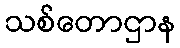
သစ်တောဌာန